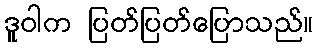
ဒူဝါက ပြတ်ပြတ်ပြောသည်။